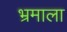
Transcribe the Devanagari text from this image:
भ्रमाला